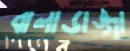
বালাডাঙ্গা